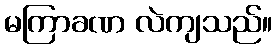
မကြာခဏ လဲကျသည်။